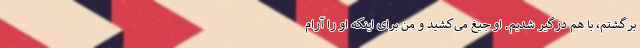
برگشتم، با هم درگیر شدیم. او جیغ می‌کشید و من برای اینکه او را آرام